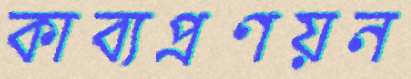
কাব্যপ্রণয়ন